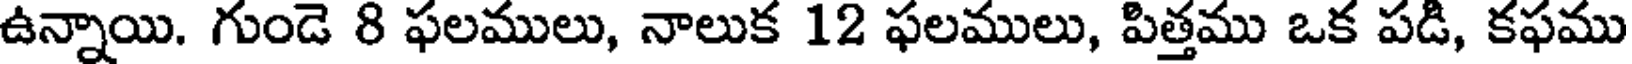
ఉన్నాయి. గుండె 8 ఫలములు, నాలుక 12 ఫలములు, పిత్తము ఒక పడి, కఫము